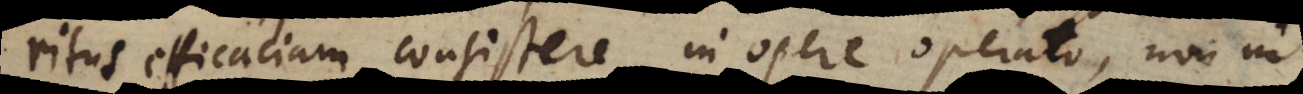
ritus efficaciam consistere in opere operato, non in